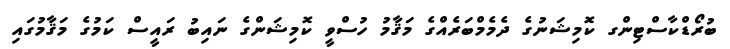
ބުރޯޑްކާސްޓިންގ ކޮމިޝަނުގެ ދެމެމްބަރެއްގެ މަޤާމު ހުސްވީ ކޮމިޝަންގެ ނައިބު ރައީސް ކަމުގެ މަޤާމުގައި